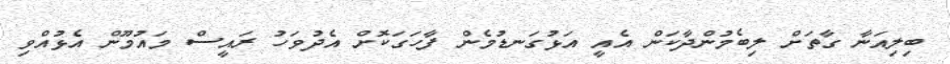
ބިލިއަނާ ގާތަށް ލިބެމުންދާކަން އެއީ އަޅުގަނޑުމެން ފާހަގަކޮށް އެދުވަހު ރައީސް މައުމޫން އެޅުއްވި